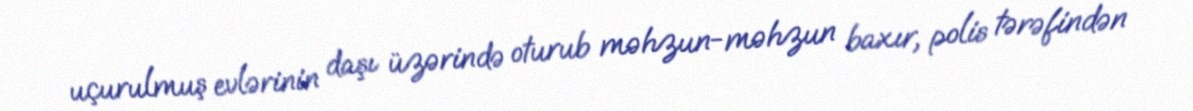
uçurulmuş evlərinin daşı üzərində oturub məhzun-məhzun baxır, polis tərəfindən